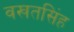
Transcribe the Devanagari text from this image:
वखतसिंह